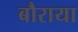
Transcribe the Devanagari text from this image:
बौराया